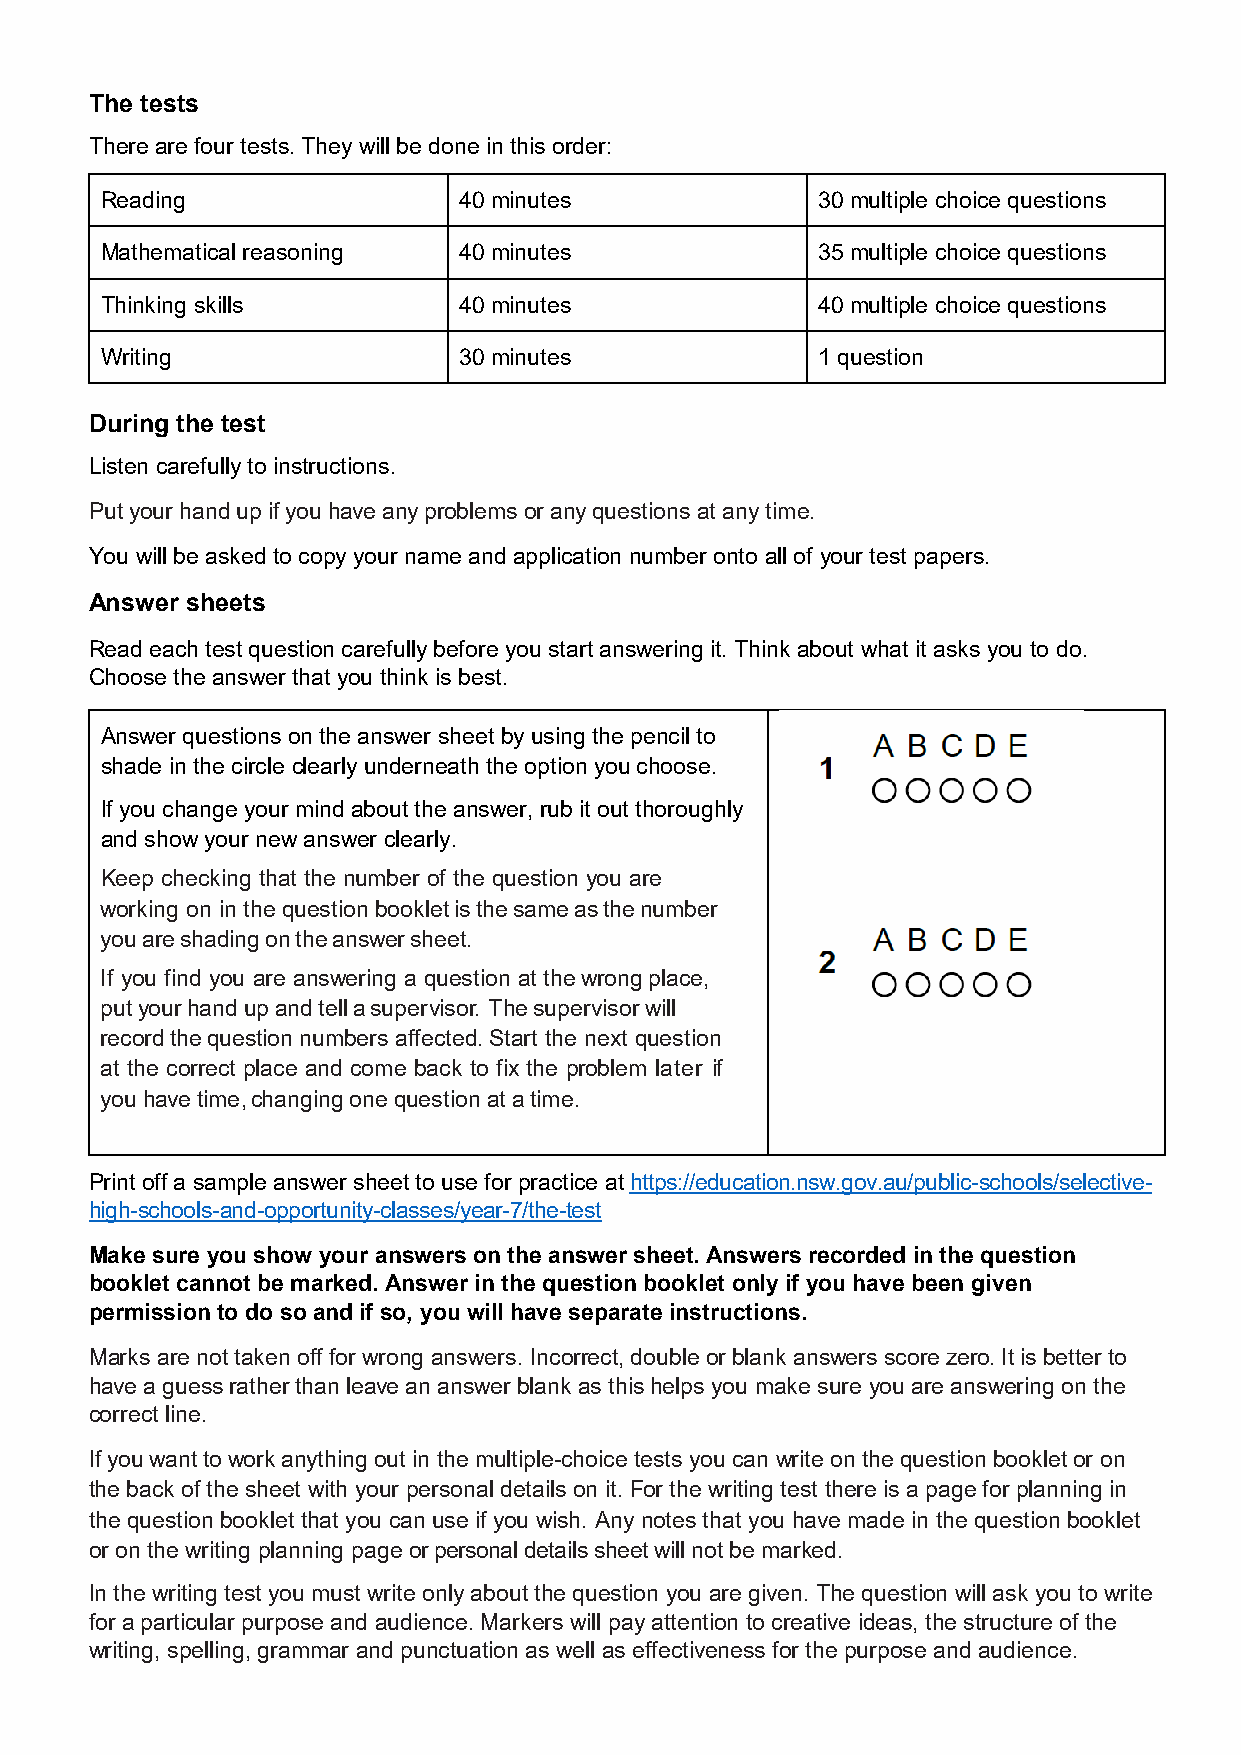
The tests
 There are four tests. They will be done in this order:
 Reading                40 minutes              30 multiple choice questions
 Mathematical reasoning 40 minutes              35 multiple choice questions
 Thinking skills        40 minutes              40 multiple choice questions
 Writing                30 minutes              1 question
 During the test
 Listen carefully to instructions.
 Put your hand up if you have any problems or any questions at any time.
 You will be asked to copy your name and application number onto all of your test papers.
 Answer sheets
 Read each test question carefully before you start answering it. Think about what it asks you to do.
 Choose the answer that you think is best.
 Answer questions on the answer sheet by using the pencil to
 shade in the circle clearly underneath the option you choose.
 If you change your mind about the answer, rub it out thoroughly
 and show your new answer clearly.
 Keep checking that the number of the question you are
 working on in the question booklet is the same as the number
 you are shading on the answer sheet.
 If you find you are answering a question at the wrong place,
 put your hand up and tell a supervisor. The supervisor will
 record the question numbers affected. Start the next question
 at the correct place and come back to fix the problem later if
 you have time, changing one question at a time.
 Print off a sample answer sheet to use for practice at https://education.nsw.gov.au/public-schools/selective-
 high-schools-and-opportunity-classes/year-7/the-test
 Make sure you show your answers on the answer sheet. Answers recorded in the question
 booklet cannot be marked. Answer in the question booklet only if you have been given
 permission to do so and if so, you will have separate instructions.
 Marks are not taken off for wrong answers. Incorrect, double or blank answers score zero. It is better to
 have a guess rather than leave an answer blank as this helps you make sure you are answering on the
 correct line.
 If you want to work anything out in the multiple-choice tests you can write on the question booklet or on
 the back of the sheet with your personal details on it. For the writing test there is a page for planning in
 the question booklet that you can use if you wish. Any notes that you have made in the question booklet
 or on the writing planning page or personal details sheet will not be marked.
 In the writing test you must write only about the question you are given. The question will ask you to write
 for a particular purpose and audience. Markers will pay attention to creative ideas, the structure of the
 writing, spelling, grammar and punctuation as well as effectiveness for the purpose and audience.